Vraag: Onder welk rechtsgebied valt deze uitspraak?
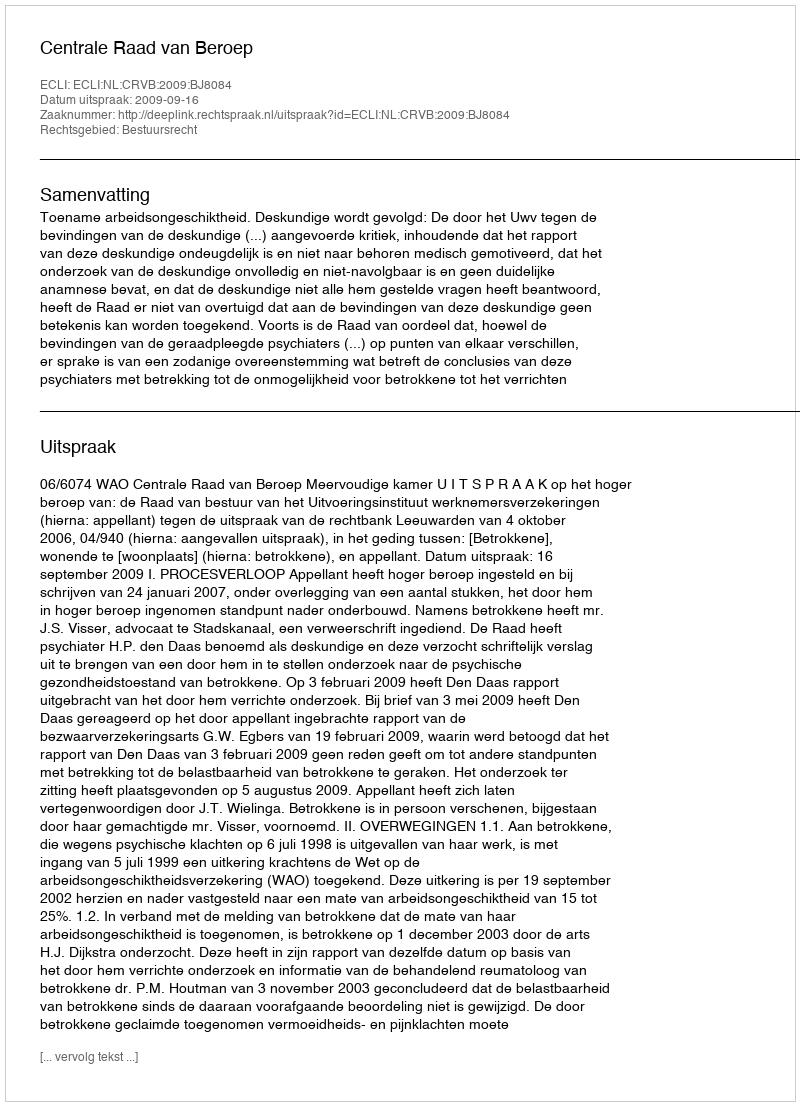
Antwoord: Bestuursrecht